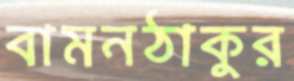
বামনঠাকুর